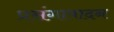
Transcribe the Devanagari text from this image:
प्रसंगापादन